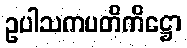
ဥပါသကပတိကိဋ္ဌော